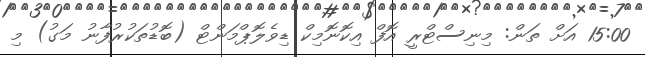
15:00 އަށް ތަން: މިނިސްޓްރީ އޮފް އިކޮނޮމިކް ޑިވެލޮޕްމަންޓް (ބޮޑުތަކުރުފާނު މަގު) މި